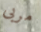
مربى